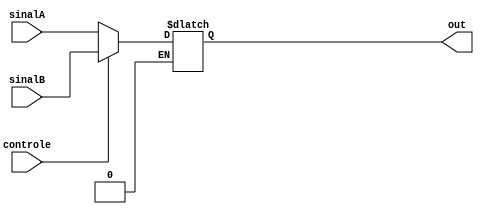
module Mux(sinalA, sinalB, controle, out);

	input[7:0] sinalA, sinalB;		// valores genericos de 8 bits
	input controle;					// sinal de controle generico
	output reg[7:0] out;				// saida

	// escolhe saida com base no sinal de controle
	always @(sinalA, sinalB, controle)
		begin
			if(controle == 1'b0)	out <= sinalA;
			else if(controle == 1'b1)	out <= sinalB;	
		end

endmodule